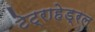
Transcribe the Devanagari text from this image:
टेट्राहेड्रल